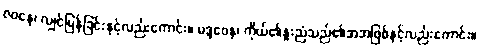
ဇဝနေ၊ လျှင်မြန်ခြင်းနှင့်လည်းကောင်း။ မဒ္ဒဝေန၊ ကိုယ်၏နူးညံသည်၏အအဖြစ်နှင့်လည်းကောင်း။